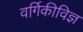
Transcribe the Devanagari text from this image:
वर्गिकीविज्ञ